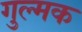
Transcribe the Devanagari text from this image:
गुल्मक